Report on sanitation, dispensaries, and jails in Rajputana for 1914, and on vaccination for the year 1914-1915 - 1914-1915
Year: 1914
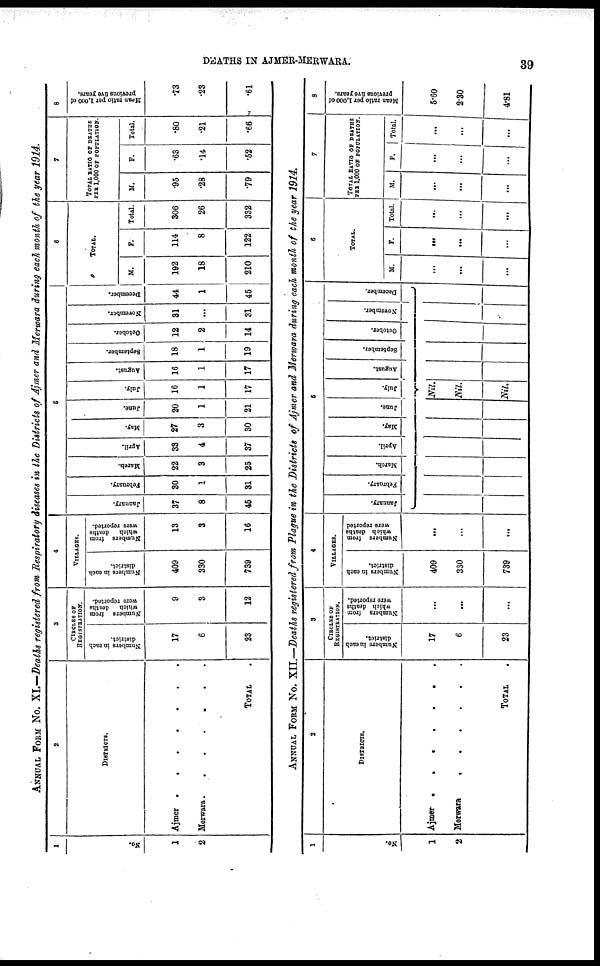
DEATHS IN AJMER-MERWARA.
39
ANNUAL FORM No. XI.—Deaths registered from Respiratory diseases in the Districts of Ajmer and Merwara during each month of the year 1914.
1
No.
1
2
2
DISTRICTS.
Ajmer . . . .
Merwara
.
.
.
.
TOTAL .
3
CIRCLES OF
REGISTRATION.
Numbers in each
district.
17
6
23
Numbers from
which
deaths
were reported.
9
3
12
4
VILLAGES.
Numbers in each
district.
409
330
739
Numbers from
which deaths
were reported.
13
3
16
5
January.
37
8
45
February.
30
1
31
March.
22
3
25
April.
33
4
37
May.
27
3
30
June.
20
1
21
July.
16
1
17
August.
16
1
17
September.
18
1
19
October.
12
2
14
November.
31
...
31
December.
44
1
45
6
TOTAL.
M.
192
18
210
F.
114
8
122
Total.
306
26
332
7
TOTAL RATIO OF DEATHS
PER 1,000 OF POPULATION.
M.
.95
.28
.79
F.
.63
.14
.52
Total.
.80
.21
.66
8
Mean ratio per 1,000 of
previous five years.
.73
.23
.61
ANNUAL FORM No. XII.—Deaths registered from Plague in the Districts of Ajmer and Merwara during each month of the year 1914.
1
No.
1
2
2
DISTRICTS.
Ajmer . . . . .
Merwara . . .
TOTAL .
3
CIRCLES OF
REGISTRATION.
Numbers in each
district.
17
6
23
Numbers from
which deaths
were reported.
...
...
...
4
VILLAGES.
Numbers in each
district.
409
330
739
Numbers from
which deaths
were reported
...
...
...
5
January.
February.
March.
April.
May.
June.
July.
August.
September.
October.
November.
December.
Nil.
Nil.
Nil.
6
TOTAL.
M.
...
...
...
F.
...
...
...
Total.
...
...
...
7
TOTAL RATIO OF DEATHS
PER 1,000 OF POPULATION.
M.
...
...
...
F.
...
...
...
Total.
...
...
...
8
Mean ratio per 1,000 of
previous five years.
5.60
2.30
4.81